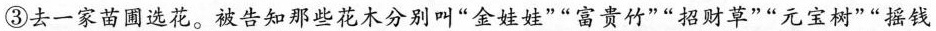
③去一家苗圃选花。被告知那些花木分别叫”金娃娃””富贵竹””招财草””元宝树””摇钱